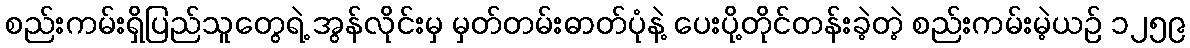
စည်းကမ်းရှိပြည်သူတွေရဲ့ အွန်လိုင်းမှ မှတ်တမ်းဓာတ်ပုံနဲ့ ပေးပို့တိုင်တန်းခဲ့တဲ့ စည်းကမ်းမဲ့ယဉ် ၁၂၅၉